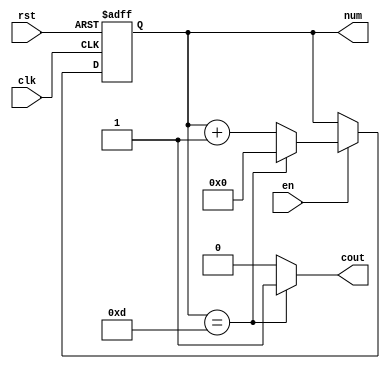
module count13(clk, rst, en, cout, num);

	input clk, rst, en;
	output cout;
	output reg [3:0] num;

	always @(posedge clk or posedge rst) begin
		if (rst)
			num <= 4'b0000;
		else if (en) 
			num <= (num == 4'b1101)? 4'b0000 : num+1;
	end

	assign cout = (num == 4'b1101) ? 1'b1 : 1'b0;

endmodule